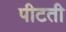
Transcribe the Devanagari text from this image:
पीटती